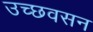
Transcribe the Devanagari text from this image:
उच्छवसन